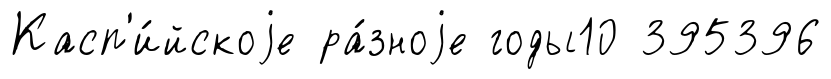
Касп'и́йскоjе ра́зноjе годы10 395396